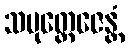
သမုတ္တေဇေန္တံ